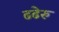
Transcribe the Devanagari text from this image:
ढढेरु